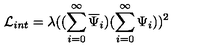
{ \cal L } _ { i n t } = \lambda ( ( \sum _ { i = 0 } ^ { \infty } \overline { { \Psi } } _ { i } ) ( \sum _ { i = 0 } ^ { \infty } \Psi _ { i } ) ) ^ { 2 }